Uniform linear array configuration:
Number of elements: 32
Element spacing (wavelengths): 0.75
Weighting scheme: hamming
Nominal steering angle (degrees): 45
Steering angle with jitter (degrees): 44.146
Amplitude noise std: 0.05
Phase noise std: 0.05

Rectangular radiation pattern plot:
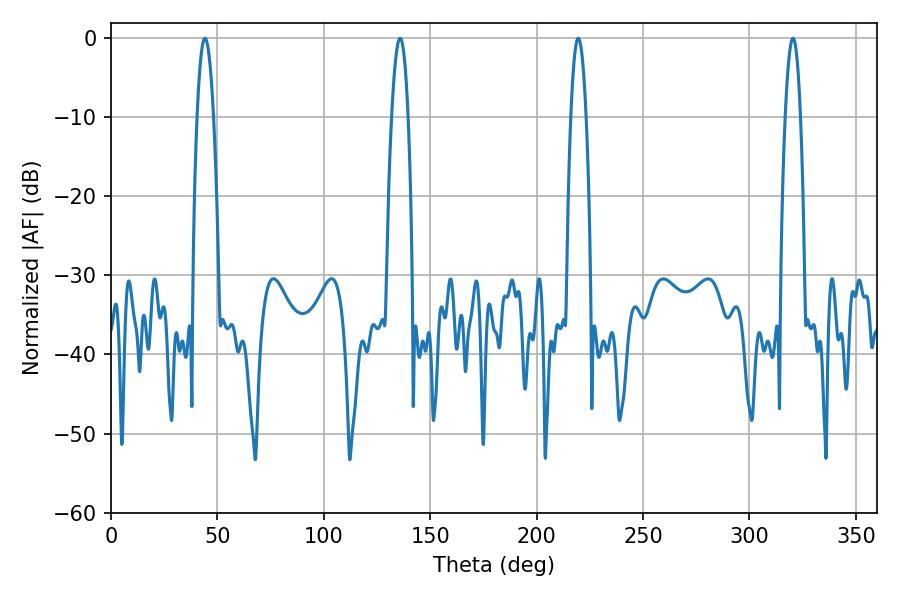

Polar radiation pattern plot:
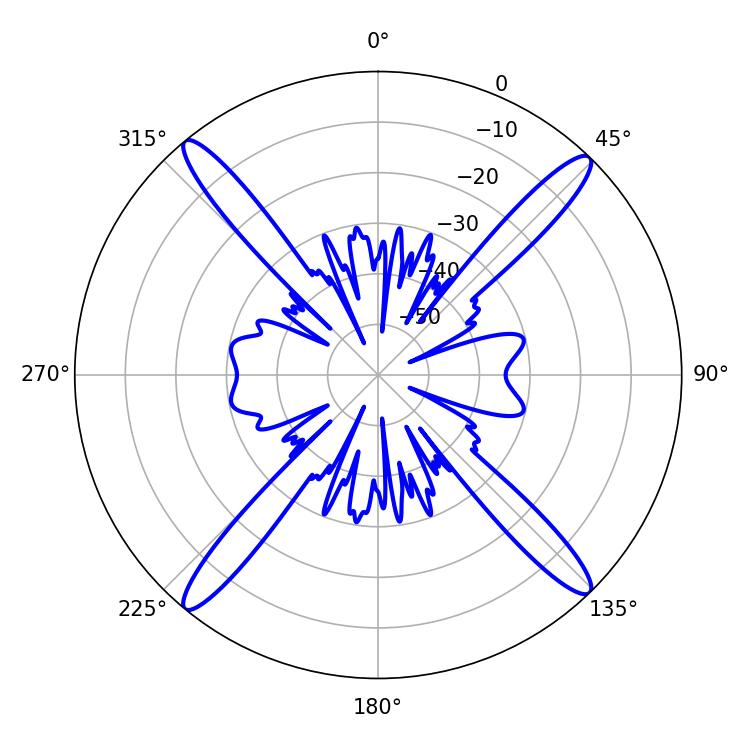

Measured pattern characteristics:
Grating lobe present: TRUE
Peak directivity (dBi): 20.758
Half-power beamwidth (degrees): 4.14
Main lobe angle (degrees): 44.1